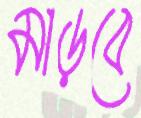
মাড়বে